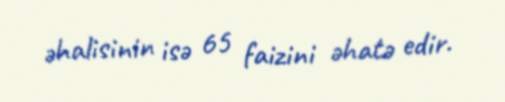
əhalisinin isə 65 faizini əhatə edir.